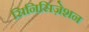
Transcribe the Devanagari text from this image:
सिनिसिज़ेशन